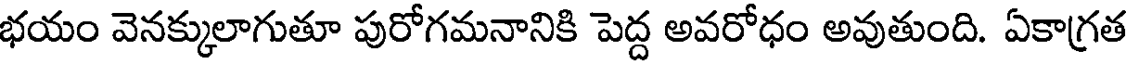
భయం వెనక్కులాగుతూ పురోగమనానికి పెద్ద అవరోధం అవుతుంది. ఏకాగ్రత